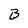
Character: B